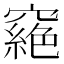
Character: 𥨟